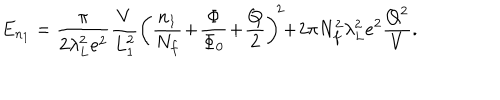
E _ { n _ { 1 } } = \frac { \pi } { 2 \lambda _ { L } ^ { 2 } e ^ { 2 } } \frac { V } { L _ { 1 } ^ { 2 } } \left( \frac { n _ { 1 } } { N _ { f } } \! + \! \frac { \Phi } { \Phi _ { 0 } } \! + \! \frac { Q } { 2 } \right) ^ { \! 2 } \! \! + \! 2 \pi N _ { f } ^ { 2 } \lambda _ { L } ^ { 2 } e ^ { 2 } \frac { Q ^ { 2 } } { V } .